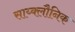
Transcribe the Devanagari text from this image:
साय्क्लौनिक